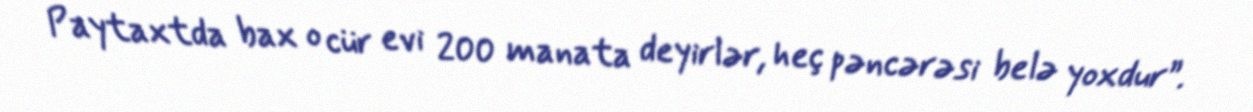
Paytaxtda bax o cür evi 200 manata deyirlər, heç pəncərəsi belə yoxdur”.